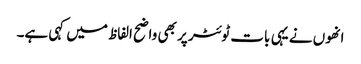
انھوں نے یہی بات ٹوئٹر پر بھی واضح الفاظ میں کہی ہے۔